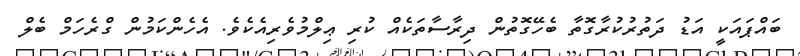
ބައްޕައަކީ އަޑު ދަތުރުކުރާގޮތާ ބެހޭގޮތުން ދިރާސާތަކެއް ކުރި ޢިލްމުވެރިއެކެވެ. އެހެންކަމުން ގްރެހަމް ބެލް